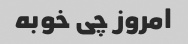
امروز چی خوبه